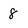
Character: 8